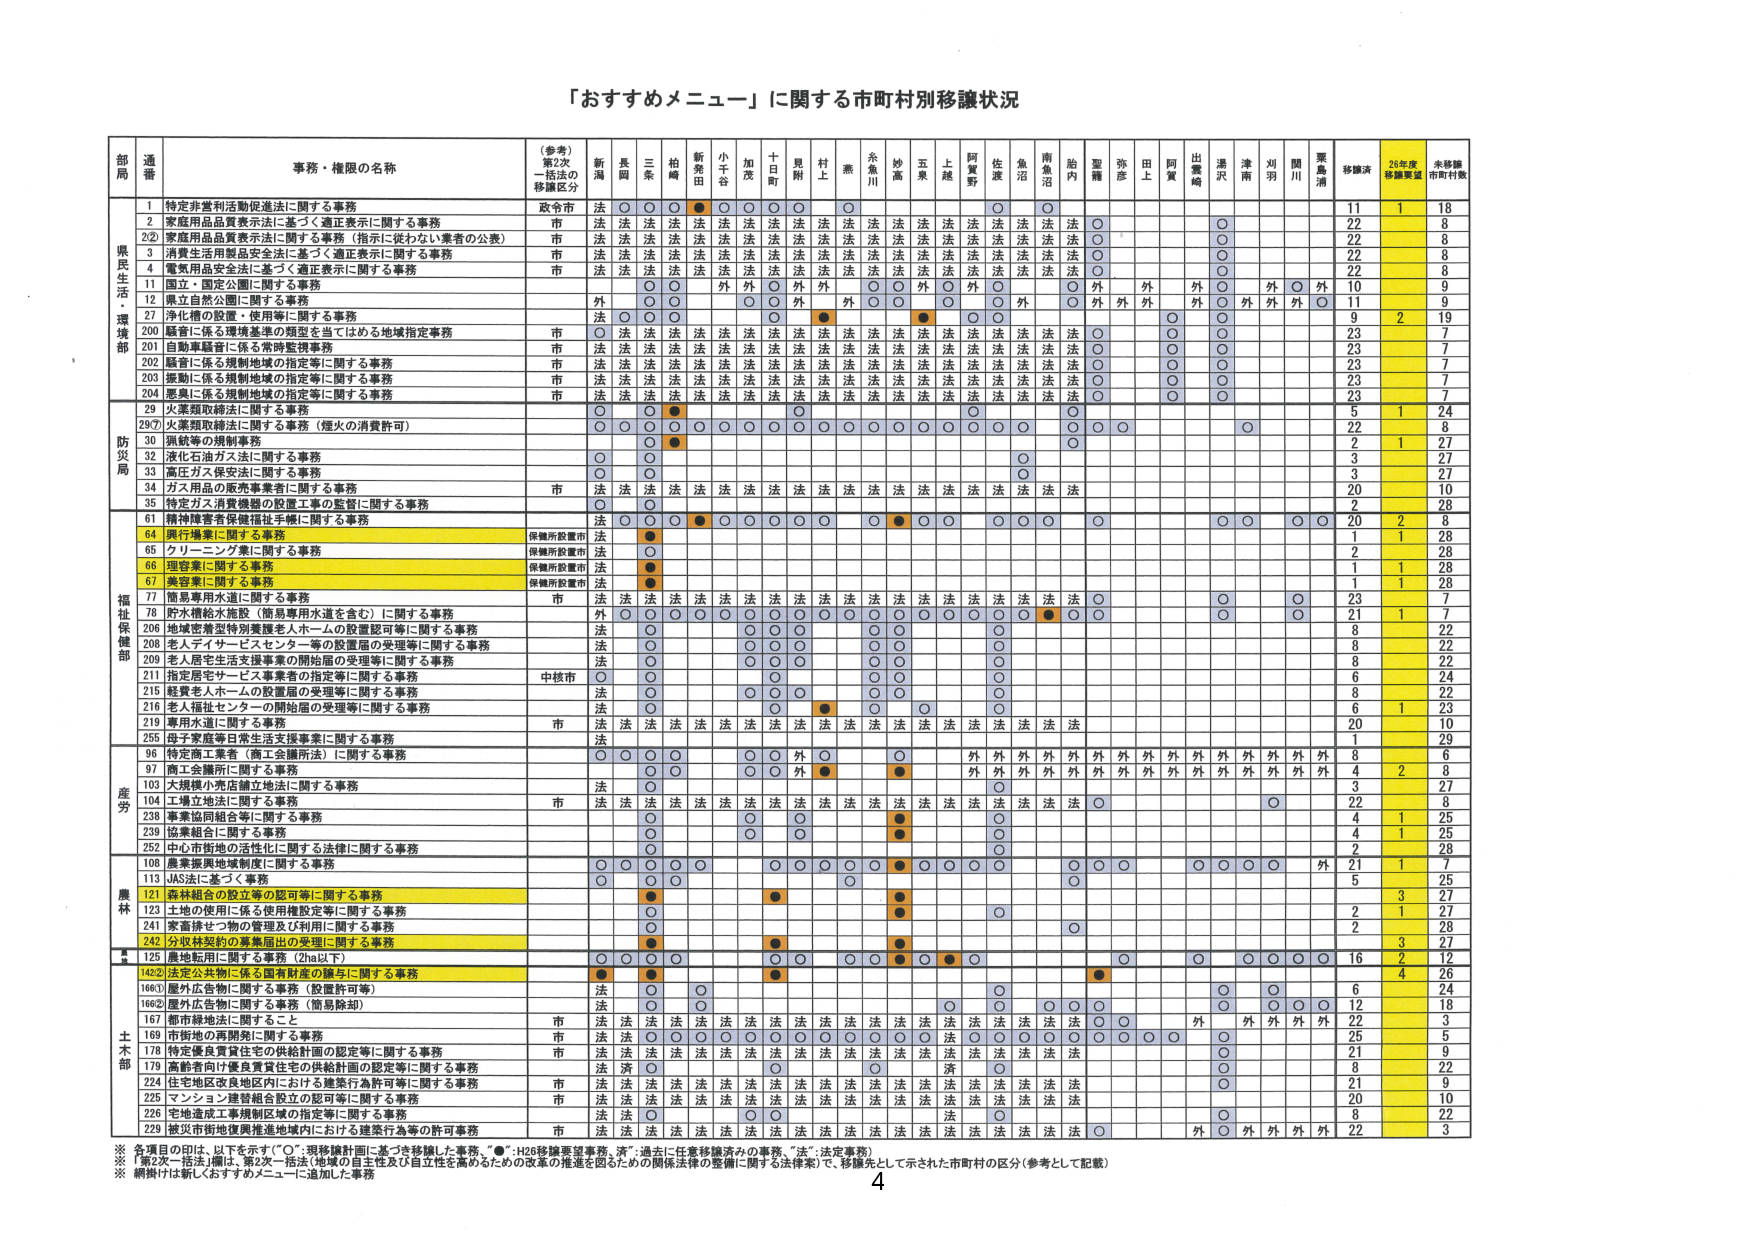
「おすすめメニュー」に関する市町村別移譲状況

部局 通番 事務・権限の名称 （参考）第2次一括法の移譲区分 新潟 長岡 三条 柏崎 新発田 小千谷 加茂 十日町 見附 村上 燕 糸魚川 妙高 五泉 上越 阿賀野 佐渡 魚沼 南魚沼 胎内 聖籠 弥彦 田上 阿賀 出雲崎 湯沢 津南 刈羽 関川 粟島浦 移譲済 26年度移譲要望 未移譲市町村数

県民生活・環境部
1 特定非営利活動促進法に関する事務 政令市 法 ○ ○ ○ ● ○ ○ ○ ○ ○ ○ ○ ○ ○ ○ ○ ○ ○ ○ ○ ○ ○ ○ ○ ○ ○ ○ ○ ○ ○ ○ ○ ○ 11 1 18
2 家庭用品品質表示法に基づく適正表示に関する事務 市 法 法 法 法 法 法 法 法 法 法 法 法 法 法 法 法 法 法 法 法 法 法 法 法 法 法 法 法 法 法 法 22 8
2② 家庭用品品質表示法に基づく適正表示（指示に従わない業者の公表） 市 法 法 法 法 法 法 法 法 法 法 法 法 法 法 法 法 法 法 法 法 法 法 法 法 法 法 法 法 法 法 法 22 8
3 消費生活用製品安全法に基づく適正表示に関する事務 市 法 法 法 法 法 法 法 法 法 法 法 法 法 法 法 法 法 法 法 法 法 法 法 法 法 法 法 法 法 法 法 22 8
4 電気用品安全法に基づく適正表示に関する事務 市 法 法 法 法 法 法 法 法 法 法 法 法 法 法 法 法 法 法 法 法 法 法 法 法 法 法 法 法 法 法 法 22 8
11 国立・国定公園に関する事務 ○ ○ ○ ○ ○ ○ ○ ○ ○ ○ ○ ○ ○ ○ ○ ○ ○ ○ ○ ○ ○ ○ ○ ○ ○ ○ ○ ○ ○ ○ ○ ○ 9 9
12 県立自然公園に関する事務 外 ○ ○ ○ ○ ○ ○ ○ ○ ○ ○ ○ ○ ○ ○ ○ ○ ○ ○ ○ ○ ○ ○ ○ ○ ○ ○ ○ ○ ○ ○ ○ ○ 10 9
27 浄化槽の設置・使用等に関する事務 法 ○ ○ ○ ● ● ○ ○ ○ ○ ○ ○ ○ ○ ○ ○ ○ ○ ○ ○ ○ ○ ○ ○ ○ ○ ○ ○ ○ ○ ○ 9 2 19
200 軽音に係る環境基準の類型を当てはめる地域指定事務 市 ○ 法 法 法 法 法 法 法 法 法 法 法 法 法 法 法 法 法 法 法 法 法 法 法 法 法 法 法 法 法 法 法 23 7
201 自動車騒音に係る常時監視事務 市 法 法 法 法 法 法 法 法 法 法 法 法 法 法 法 法 法 法 法 法 法 法 法 法 法 法 法 法 法 法 法 23 7
202 騒音に係る規制地域の指定等に関する事務 市 法 法 法 法 法 法 法 法 法 法 法 法 法 法 法 法 法 法 法 法 法 法 法 法 法 法 法 法 法 法 法 23 7
203 振動に係る規制地域の指定等に関する事務 市 法 法 法 法 法 法 法 法 法 法 法 法 法 法 法 法 法 法 法 法 法 法 法 法 法 法 法 法 法 法 法 23 7
204 悪臭に係る規制地域の指定等に関する事務 市 法 法 法 法 法 法 法 法 法 法 法 法 法 法 法 法 法 法 法 法 法 法 法 法 法 法 法 法 法 法 法 23 7

防災局
29 火薬類取締法に関する事務 ○ ● ● ○ ○ ○ ○ ○ ○ ○ ○ ○ ○ ○ ○ ○ ○ ○ ○ ○ ○ ○ ○ ○ ○ ○ ○ ○ ○ ○ ○ 5 1 24
29⑦ 火薬類取締法に関する事務（煙火の消費許可） ○ ○ ○ ○ ○ ○ ○ ○ ○ ○ ○ ○ ○ ○ ○ ○ ○ ○ ○ ○ ○ ○ ○ ○ ○ ○ ○ ○ ○ ○ ○ ○ 22 8
30 猟銃等の規制事務 ○ ● ○ ○ ○ ○ ○ ○ ○ ○ ○ ○ ○ ○ ○ ○ ○ ○ ○ ○ ○ ○ ○ ○ ○ ○ ○ ○ ○ ○ ○ ○ 2 1 27
32 液化石油ガス法に関する事務 ○ ○ ○ ○ ○ ○ ○ ○ ○ ○ ○ ○ ○ ○ ○ ○ ○ ○ ○ ○ ○ ○ ○ ○ ○ ○ ○ ○ ○ ○ ○ ○ 3 27
33 高圧ガス保安法に関する事務 ○ ○ ○ ○ ○ ○ ○ ○ ○ ○ ○ ○ ○ ○ ○ ○ ○ ○ ○ ○ ○ ○ ○ ○ ○ ○ ○ ○ ○ ○ ○ ○ 3 27
34 ガス用品の販売事業者に関する事務 市 法 法 法 法 法 法 法 法 法 法 法 法 法 法 法 法 法 法 法 法 法 法 法 法 法 法 法 法 法 法 法 20 10
35 特定ガス消費機器の設置工事の監督に関する事務 ○ ○ ○ ○ ○ ○ ○ ○ ○ ○ ○ ○ ○ ○ ○ ○ ○ ○ ○ ○ ○ ○ ○ ○ ○ ○ ○ ○ ○ ○ ○ ○ 2 28

福祉保健部
61 精神障害者保健福祉手帳に関する事務 ○ ● ● ○ ○ ○ ○ ○ ○ ○ ○ ○ ○ ○ ○ ○ ○ ○ ○ ○ ○ ○ ○ ○ ○ ○ ○ ○ ○ ○ ○ 20 2 8
64 興行場業に関する事務 保健所設置市 法 ● ○ ○ ○ ○ ○ ○ ○ ○ ○ ○ ○ ○ ○ ○ ○ ○ ○ ○ ○ ○ ○ ○ ○ ○ ○ ○ ○ ○ ○ 1 1 28
65 クリーニング業に関する事務 保健所設置市 法 ○ ○ ○ ○ ○ ○ ○ ○ ○ ○ ○ ○ ○ ○ ○ ○ ○ ○ ○ ○ ○ ○ ○ ○ ○ ○ ○ ○ ○ ○ 2 28
66 理容業に関する事務 保健所設置市 法 ● ○ ○ ○ ○ ○ ○ ○ ○ ○ ○ ○ ○ ○ ○ ○ ○ ○ ○ ○ ○ ○ ○ ○ ○ ○ ○ ○ ○ ○ 1 1 28
67 美容業に関する事務 保健所設置市 法 ● ○ ○ ○ ○ ○ ○ ○ ○ ○ ○ ○ ○ ○ ○ ○ ○ ○ ○ ○ ○ ○ ○ ○ ○ ○ ○ ○ ○ ○ 1 1 28
77 簡易専用水道に関する事務 市 法 法 法 法 法 法 法 法 法 法 法 法 法 法 法 法 法 法 法 法 法 法 法 法 法 法 法 法 法 法 法 23 7
78 貯水槽給水施設（簡易専用水道を含む）に関する事務 外 ○ ○ ○ ○ ○ ○ ○ ○ ○ ○ ○ ○ ○ ○ ○ ○ ○ ○ ○ ○ ○ ○ ○ ○ ○ ○ ○ ○ ○ ○ 21 1 7
206 地域密着型特別養護老人ホームの設置認可等に関する事務 法 ○ ○ ○ ○ ○ ○ ○ ○ ○ ○ ○ ○ ○ ○ ○ ○ ○ ○ ○ ○ ○ ○ ○ ○ ○ ○ ○ ○ ○ ○ 8 22
208 老人デイサービスセンター等の設置届の受理等に関する事務 法 ○ ○ ○ ○ ○ ○ ○ ○ ○ ○ ○ ○ ○ ○ ○ ○ ○ ○ ○ ○ ○ ○ ○ ○ ○ ○ ○ ○ ○ ○ 8 22
209 老人居宅生活支援事業の開始届の受理等に関する事務 法 ○ ○ ○ ○ ○ ○ ○ ○ ○ ○ ○ ○ ○ ○ ○ ○ ○ ○ ○ ○ ○ ○ ○ ○ ○ ○ ○ ○ ○ ○ 8 22
211 指定居宅サービス事業者の指定等に関する事務 中核市 ○ ○ ○ ○ ○ ○ ○ ○ ○ ○ ○ ○ ○ ○ ○ ○ ○ ○ ○ ○ ○ ○ ○ ○ ○ ○ ○ ○ ○ ○ 6 24
215 軽費老人ホームの設置届の受理等に関する事務 法 ○ ○ ○ ○ ○ ○ ○ ○ ○ ○ ○ ○ ○ ○ ○ ○ ○ ○ ○ ○ ○ ○ ○ ○ ○ ○ ○ ○ ○ ○ 8 22
216 老人福祉センターの開始届の受理等に関する事務 法 ○ ○ ○ ○ ○ ○ ● ○ ○ ○ ○ ○ ○ ○ ○ ○ ○ ○ ○ ○ ○ ○ ○ ○ ○ ○ ○ ○ ○ ○ 6 1 23
219 専用水道に関する事務 市 法 法 法 法 法 法 法 法 法 法 法 法 法 法 法 法 法 法 法 法 法 法 法 法 法 法 法 法 法 法 法 20 10
255 母子家庭等日常生活支援事業に関する事務 法 ○ ○ ○ ○ ○ ○ ○ ○ ○ ○ ○ ○ ○ ○ ○ ○ ○ ○ ○ ○ ○ ○ ○ ○ ○ ○ ○ ○ ○ ○ 1 29

産労
96 特定商工業者（商工会議所法）に関する事務 ○ ○ ○ ○ ○ ○ 外 ○ ○ 外 外 外 外 外 外 外 外 外 外 外 外 外 外 外 外 外 外 外 外 外 外 8 6
97 商工会議所に関する事務 ○ ○ ○ 外 ● ● 外 外 外 外 外 外 外 外 外 外 外 外 外 外 外 外 外 外 外 外 外 外 外 4 2 8
103 大規模小売店舗立地法に関する事務 法 ○ ○ ○ ○ ○ ○ ○ ○ ○ ○ ○ ○ ○ ○ ○ ○ ○ ○ ○ ○ ○ ○ ○ ○ ○ ○ ○ ○ ○ ○ 3 27
104 工場立地法に関する事務 市 法 法 法 法 法 法 法 法 法 法 法 法 法 法 法 法 法 法 法 法 法 法 法 法 法 法 法 法 法 法 法 22 8
238 事業協同組合等に関する事務 ○ ○ ○ ● ○ ○ ○ ○ ○ ○ ○ ○ ○ ○ ○ ○ ○ ○ ○ ○ ○ ○ ○ ○ ○ ○ ○ ○ ○ ○ 4 1 25
239 協業組合に関する事務 ○ ○ ● ○ ○ ○ ○ ○ ○ ○ ○ ○ ○ ○ ○ ○ ○ ○ ○ ○ ○ ○ ○ ○ ○ ○ ○ ○ ○ ○ 4 1 25
252 中心街地の活性化に関する法律に関する事務 ○ ○ ○ ○ ○ ○ ○ ○ ○ ○ ○ ○ ○ ○ ○ ○ ○ ○ ○ ○ ○ ○ ○ ○ ○ ○ ○ ○ ○ ○ 2 28

農林
108 農業振興地域制度に関する事務 ○ ○ ○ ○ ○ ○ ○ ○ ○ ● ○ ○ ○ ○ ○ ○ ○ ○ ○ ○ ○ ○ ○ ○ ○ ○ ○ ○ ○ ○ 21 1 7
113 JAS法に基づく事務 ○ ○ ○ ○ ○ ○ ○ ○ ○ ○ ○ ○ ○ ○ ○ ○ ○ ○ ○ ○ ○ ○ ○ ○ ○ ○ ○ ○ ○ ○ 5 25
121 森林組合の設立等の認可等に関する事務 ● ● ● ● ● ● ● ● ● ● ● ● ● ● ● ● ● ● ● ● ● ● ● ● ● ● ● ● ● ● 3 27
123 土地の使用に係る使用権設定等に関する事務 ○ ○ ● ○ ○ ○ ○ ○ ○ ○ ○ ○ ○ ○ ○ ○ ○ ○ ○ ○ ○ ○ ○ ○ ○ ○ ○ ○ ○ ○ 2 1 27
241 家畜排せつ物の管理及び利用に関する事務 ○ ○ ○ ○ ○ ○ ○ ○ ○ ○ ○ ○ ○ ○ ○ ○ ○ ○ ○ ○ ○ ○ ○ ○ ○ ○ ○ ○ ○ ○ 2 28
242 分収林契約の募集届出の受理に関する事務 ● ● ● ● ● ● ● ● ● ● ● ● ● ● ● ● ● ● ● ● ● ● ● ● ● ● ● ● ● ● 3 27

土木部
125 農地転用に関する事務（2ha以下） ○ ○ ○ ○ ○ ○ ○ ○ ○ ● ● ● ● ● ● ● ● ● ● ● ● ● ● ● ● ● ● ● ● ● 16 2 12
142② 法定公共物に係る国有財産の譲与に関する事務 ● ● ● ● ● ● ● ● ● ● ● ● ● ● ● ● ● ● ● ● ● ● ● ● ● ● ● ● ● ● 4 26
166① 屋外広告物に関する事務（設置許可等） 法 ○ ○ ○ ○ ○ ○ ○ ○ ○ ○ ○ ○ ○ ○ ○ ○ ○ ○ ○ ○ ○ ○ ○ ○ ○ ○ ○ ○ ○ ○ 6 24
166② 屋外広告物に関する事務（簡易除却） 法 ○ ○ ○ ○ ○ ○ ○ ○ ○ ○ ○ ○ ○ ○ ○ ○ ○ ○ ○ ○ ○ ○ ○ ○ ○ ○ ○ ○ ○ ○ 12 18
167 都市緑地法に関すること 市 法 法 法 法 法 法 法 法 法 法 法 法 法 法 法 法 法 法 法 法 法 法 法 法 法 法 法 法 法 法 法 22 3
169 市街地の再開発に関する事務 市 法 法 ○ ○ ○ ○ ○ ○ ○ ○ ○ ○ ○ ○ ○ ○ ○ ○ ○ ○ ○ ○ ○ ○ ○ ○ ○ ○ ○ ○ 25 5
178 特定優良賃貸住宅の供給計画の認定等に関する事務 市 法 法 法 法 法 法 法 法 法 法 法 法 法 法 法 法 法 法 法 法 法 法 法 法 法 法 法 法 法 法 法 21 9
179 高齢者向け優良賃貸住宅の供給計画の認定等に関する事務 法 活 ○ ○ ○ ○ ○ ○ ○ ○ ○ ○ ○ ○ ○ ○ ○ ○ ○ ○ ○ ○ ○ ○ ○ ○ ○ ○ ○ ○ 8 22
224 住宅地区改良地区内における建築行為許可等に関する事務 市 法 法 法 法 法 法 法 法 法 法 法 法 法 法 法 法 法 法 法 法 法 法 法 法 法 法 法 法 法 法 法 21 9
225 マンション建築組合設立の認可等に関する事務 市 法 法 法 法 法 法 法 法 法 法 法 法 法 法 法 法 法 法 法 法 法 法 法 法 法 法 法 法 法 法 法 20 10
226 宅地造成工事規制区域の指定等に関する事務 市 法 法 ○ ○ ○ ○ ○ ○ ○ ○ ○ ○ ○ ○ ○ ○ ○ ○ ○ ○ ○ ○ ○ ○ ○ ○ ○ ○ ○ ○ 8 22
229 都市街地地質異常地域内における建築行為等の許可事務 市 法 法 法 法 法 法 法 法 法 法 法 法 法 法 法 法 法 法 法 法 法 法 法 法 法 法 法 法 法 法 法 22 3

※ 各項目の印は、以下を示す（“○”：現移譲計画に基づき移譲した事務、“●”：H26移譲要望事務、“済”：過去に任意移譲済みの事務、“法”：法定事務）
※ 「第2次一括法」は、第2次一括法（地域の自主性及び自立性を高めるための改革の推進を図るための関係法律の整備に関する法律案）で、移譲先として示された市町村の区分（参考として記載）
※ 網掛けは新しくおすすめメニューに追加した事務

4